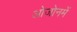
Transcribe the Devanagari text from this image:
ओजोनमें